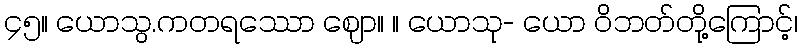
၄၅။ ယောသွ.ကတရဿော ဈော။ ။ ယောသု- ယော ဝိဘတ်တို့ကြောင့်၊